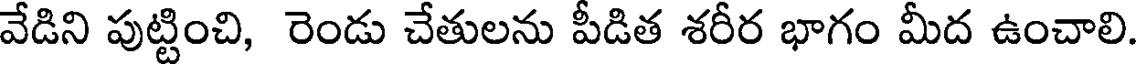
వేడిని పుట్టించి, రెండు చేతులను పీడిత శరీర భాగం మీద ఉంచాలి